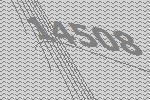
14508